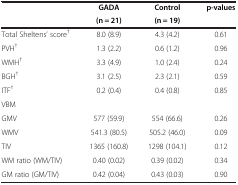
<table><thead><tr><td rowspan="2"><b> </b></td><td><b>GADA</b></td><td><b>Control</b></td><td><b>p-values</b></td></tr><tr><td><b>(n = 21)</b></td><td><b>(n = 19)</b></td><td><b> </b></td></tr></thead><tbody><tr><td>Total Sheltens’ score<sup>†</sup></td><td>8.0 (8.9)</td><td>4.3 (4.2)</td><td>0.61</td></tr><tr><td>PVH<sup>†</sup></td><td>1.3 (2.2)</td><td>0.6 (1.2)</td><td>0.96</td></tr><tr><td>WMH<sup>†</sup></td><td>3.3 (4.9)</td><td>1.0 (2.4)</td><td>0.24</td></tr><tr><td>BGH<sup>†</sup></td><td>3.1 (2.5)</td><td>2.3 (2.1)</td><td>0.59</td></tr><tr><td>ITF<sup>†</sup></td><td>0.2 (0.4)</td><td>0.4 (0.8)</td><td>0.85</td></tr><tr><td>VBM</td><td> </td><td> </td><td> </td></tr><tr><td>GMV</td><td>577 (59.9)</td><td>554 (66.6)</td><td>0.26</td></tr><tr><td>WMV</td><td>541.3 (80.5)</td><td>505.2 (46.0)</td><td>0.09</td></tr><tr><td>TIV</td><td>1365 (160.8)</td><td>1298 (104.1)</td><td>0.12</td></tr><tr><td>WM ratio (WM/TIV)</td><td>0.40 (0.02)</td><td>0.39 (0.02)</td><td>0.34</td></tr><tr><td>GM ratio (GM/TIV)</td><td>0.42 (0.04)</td><td>0.43 (0.03)</td><td>0.90</td></tr></tbody></table>